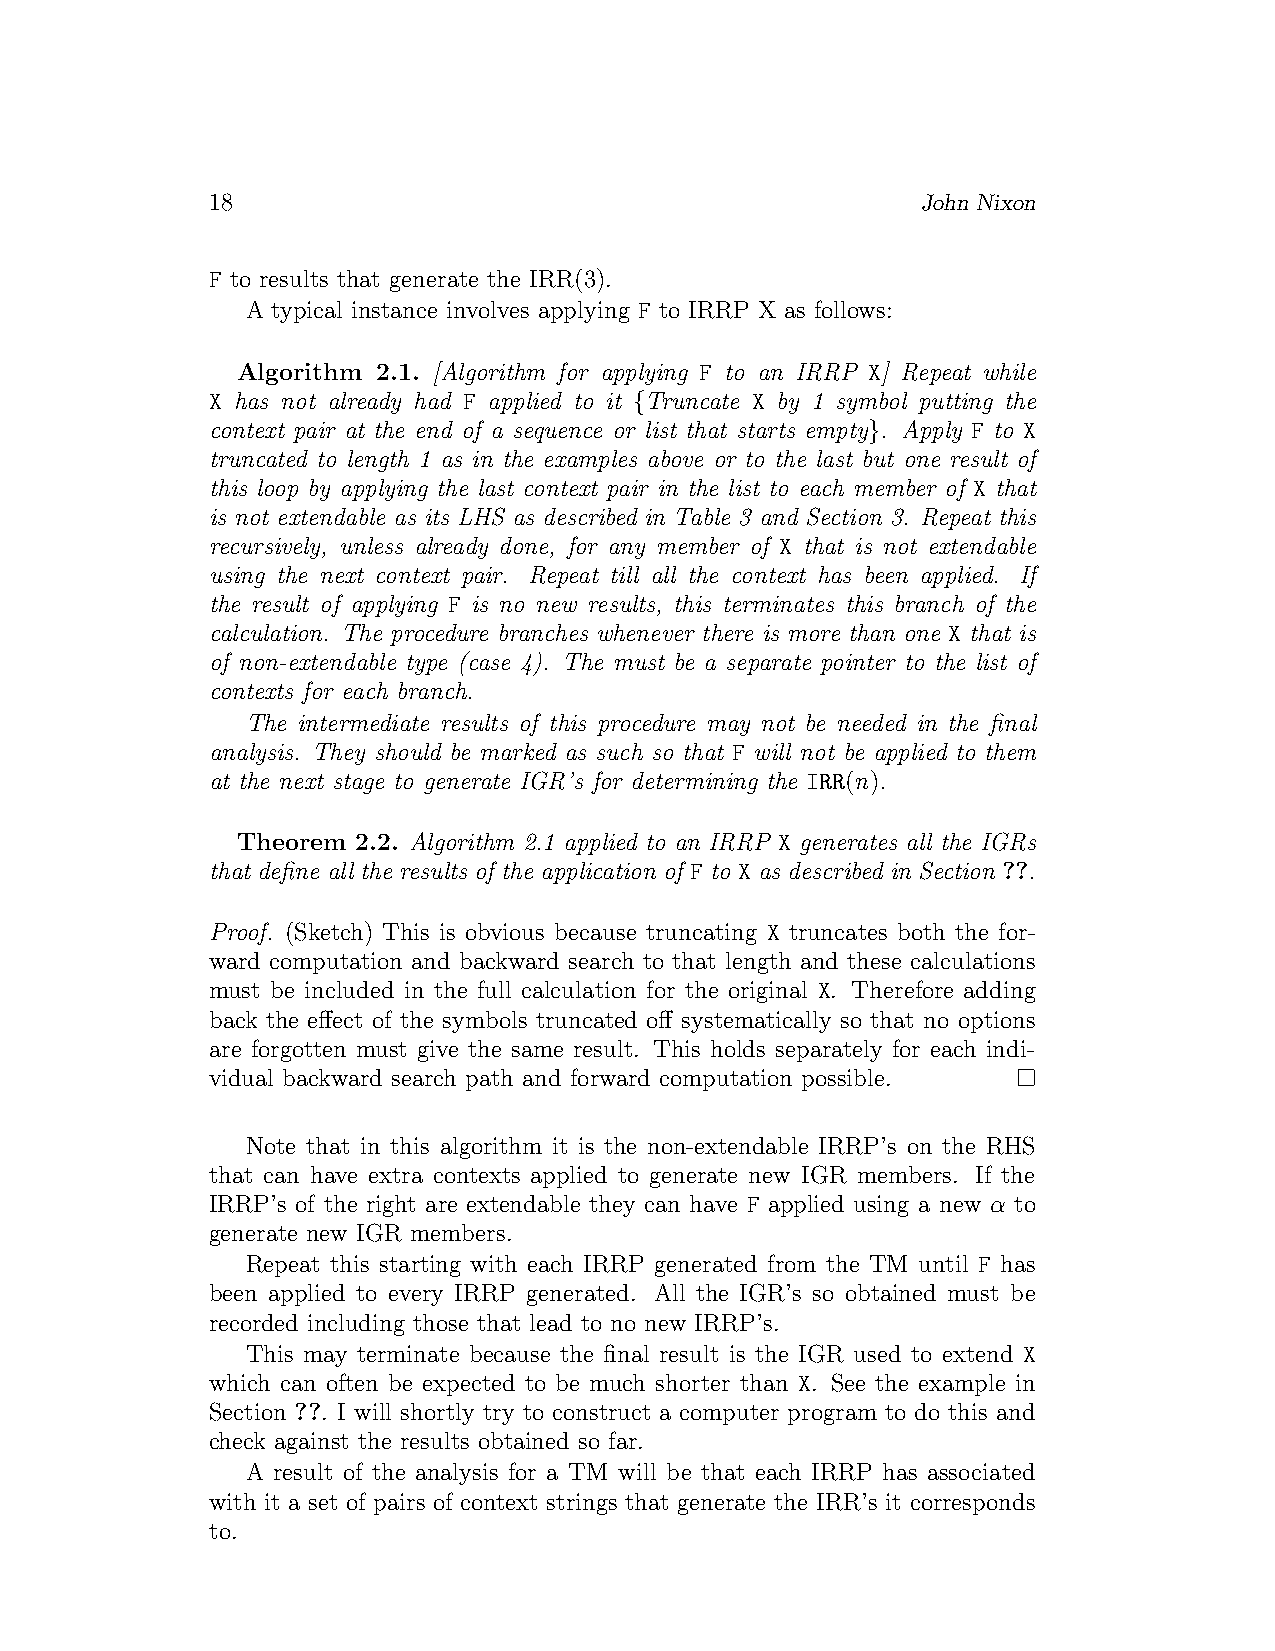
18                                             John Nixon
 F to results that generate the IRR(3).
 A typical instance involves applying F to IRRP X as follows:
 Algorithm 2.1. [Algorithm for applying F to an IRRP X] Repeat while
 X has not already had F applied to it {Truncate X by 1 symbol putting the
 context pair at the end of a sequence or list that starts empty}. Apply F to X
 truncated to length 1 as in the examples above or to the last but one result of
 this loop by applying the last context pair in the list to each member of X that
 is not extendable as its LHS as described in Table 3 and Section 3. Repeat this
 recursively, unless already done, for any member of X that is not extendable
 using the next context pair. Repeat till all the context has been applied. If
 the result of applying F is no new results, this terminates this branch of the
 calculation. The procedure branches whenever there is more than one X that is
 of non-extendable type (case 4). The must be a separate pointer to the list of
 contexts for each branch.
 The intermediate results of this procedure may not be needed in the final
 analysis. They should be marked as such so that F will not be applied to them
 at the next stage to generate IGR’s for determining the IRR(n).
 Theorem 2.2. Algorithm 2.1 applied to an IRRP X generates all the IGRs
 that define all the results of the application of F to X as described in Section ??.
 Proof. (Sketch) This is obvious because truncating X truncates both the for-
 ward computation and backward search to that length and these calculations
 must be included in the full calculation for the original X. Therefore adding
 back the effect of the symbols truncated off systematically so that no options
 are forgotten must give the same result. This holds separately for each indi-
 vidual backward search path and forward computation possible.
 Note that in this algorithm it is the non-extendable IRRP’s on the RHS
 that can have extra contexts applied to generate new IGR members. If the
 IRRP’s of the right are extendable they can have F applied using a new α to
 generate new IGR members.
 Repeat this starting with each IRRP generated from the TM until F has
 been applied to every IRRP generated. All the IGR’s so obtained must be
 recorded including those that lead to no new IRRP’s.
 This may terminate because the final result is the IGR used to extend X
 which can often be expected to be much shorter than X. See the example in
 Section ??. I will shortly try to construct a computer program to do this and
 check against the results obtained so far.
 A result of the analysis for a TM will be that each IRRP has associated
 with it a set of pairs of context strings that generate the IRR’s it corresponds
 to.